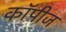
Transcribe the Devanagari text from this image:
कॉपीज